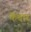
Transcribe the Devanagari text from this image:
कॆदार